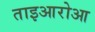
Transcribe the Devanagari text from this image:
ताइआरोआ